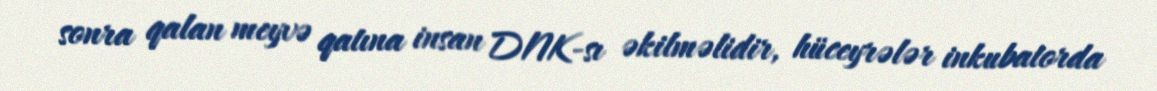
sonra qalan meyvə qatına insan DNK-sı əkilməlidir, hüceyrələr inkubatorda